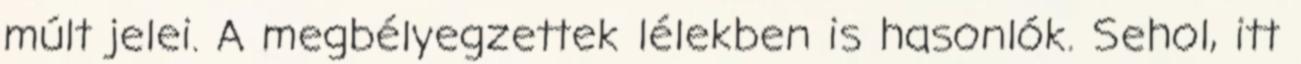
múlt jelei. A megbélyegzettek lélekben is hasonlók. Sehol, itt